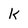
Character: k